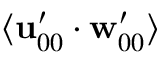
\langle \mathbf { u } _ { 0 0 } ^ { \prime } \cdot \mathbf { w } _ { 0 0 } ^ { \prime } \rangle